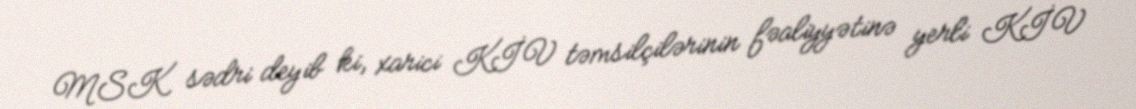
MSK sədri deyib ki, xarici KİV təmsilçilərinin fəaliyyətinə yerli KİV